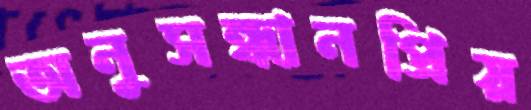
অনুসন্ধানপ্রিয়